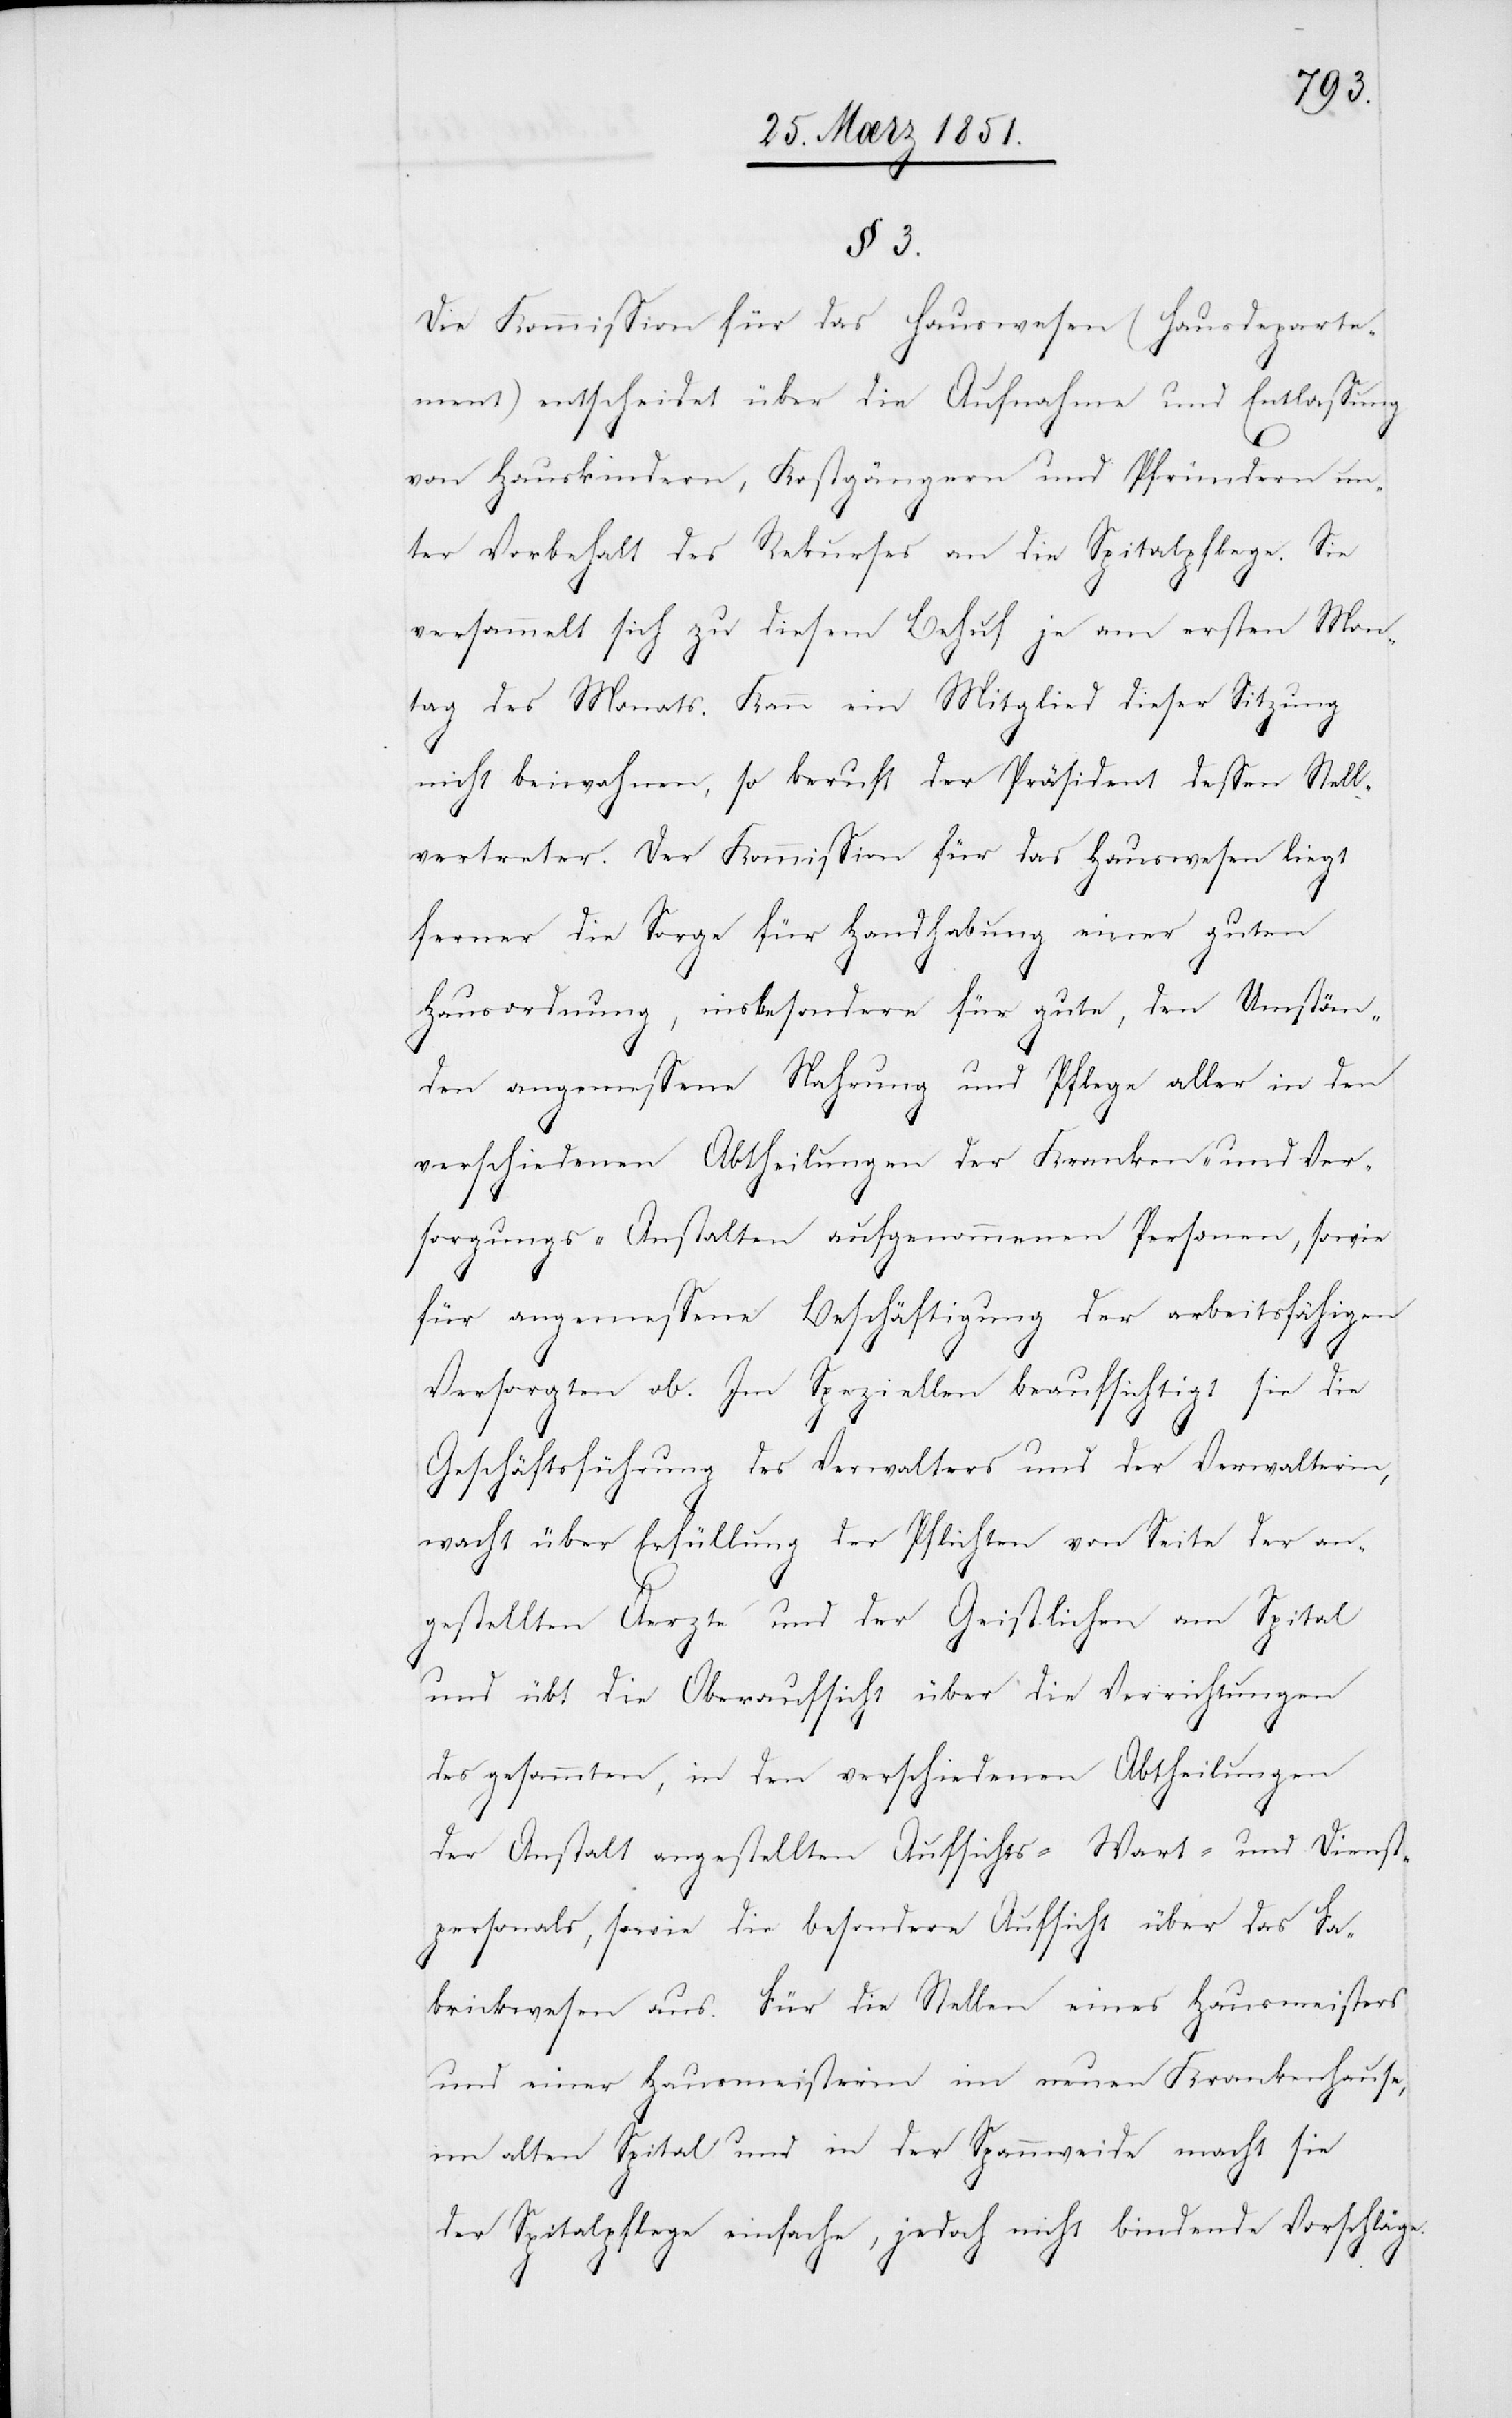
3.

Die Kommission für das Hauswesen (Hausdeparte¬
ment) entscheidet über die Aufnahme und Entlassung
von Hauskindern, Kostgängern und Pfründern un¬
ter Vorbehalt des Rekurses an die Spitalpflege. Sie
versammelt sich zu diesem Behuf je am ersten Mon¬
tag des Monats. Kann ein Mitglied dieser Sitzung
nicht beiwohnen, so beruft der Präsident dessen Stell¬
vertreter. Der Kommission für das Hauswesen liegt
ferner die Sorge für Handhabung einer guten
Hausordnung, insbesondere für gute, den Umstän¬
den angemessene Nahrung und Pflege aller in den
verschiedenen Abtheilungen der Kranken- und Ver¬
sorgungs-Anstalten aufgenommenen Personen, sowie
für angemessene Beschäftigung der arbeitsfähigen
Versorgten ob. Im Speziellen beaufsichtigt sie die
Geschäftsführung des Verwalters und der Verwalterin,
wacht über Erfüllung der Pflichten von Seite der an¬
gestellten Aerzte und der Geistlichen am Spital
und übt die Oberaufsicht über die Verrichtungen
des gesammten, in den verschiedenen Abtheilungen
der Anstalt angestellten Aufsichts-[,] Wart- und Dienst¬
personals, sowie die besondere Aufsicht über das Fa¬
brickwesen aus. Für die Stellen eines Hausmeisters
und einer Hausmeisterin im neuen Krankenhause,
im alten Spital und in der Spannweide macht sie
der Spitalpflege einfache, jedoch nicht bindende Vorschläge.